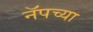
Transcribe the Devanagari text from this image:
नॅपच्या